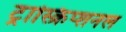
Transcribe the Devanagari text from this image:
ट्रास्क्रिप्शनल